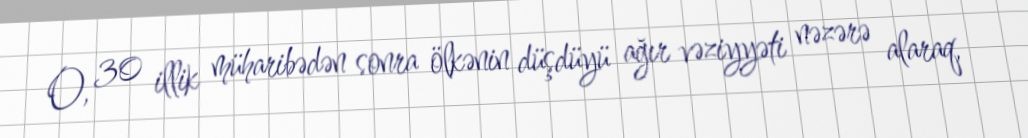
O, 30 illik müharibədən sonra ölkənin düşdüyü ağır vəziyyəti nəzərə alaraq,